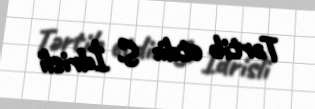
Tərtib etdi: S. İdrisli